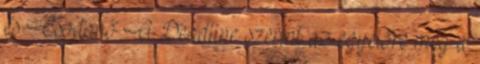
és Csodanő A Deadline szerint az egyelőre még a